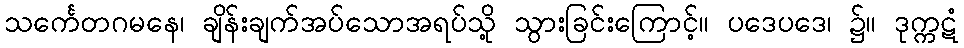
သင်္ကေတဂမနေ၊ ချိန်းချက်အပ်သောအရပ်သို့ သွားခြင်းကြောင့်။ ပဒေပဒေ၊ ၌။ ဒုက္ကဋံ